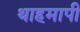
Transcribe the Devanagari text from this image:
थाहमापी